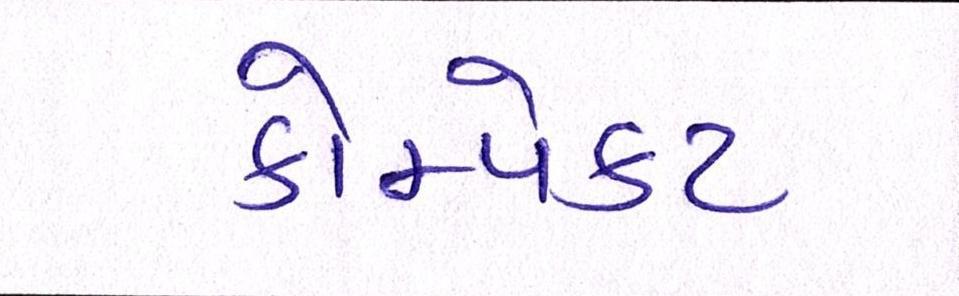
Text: કોમ્પેક્ટ